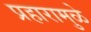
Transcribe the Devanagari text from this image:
प्रहारामुळे